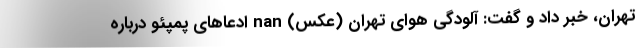
تهران، خبر داد و گفت: آلودگی هوای تهران (عکس) nan ادعاهای پمپئو درباره